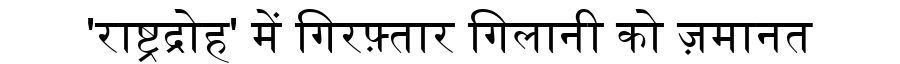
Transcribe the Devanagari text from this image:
'राष्ट्रद्रोह' में गिरफ़्तार गिलानी को ज़मानत